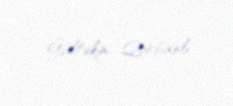
Gültəkin Qurbanlı